Leaving Certificate Examination, 1918, 1918
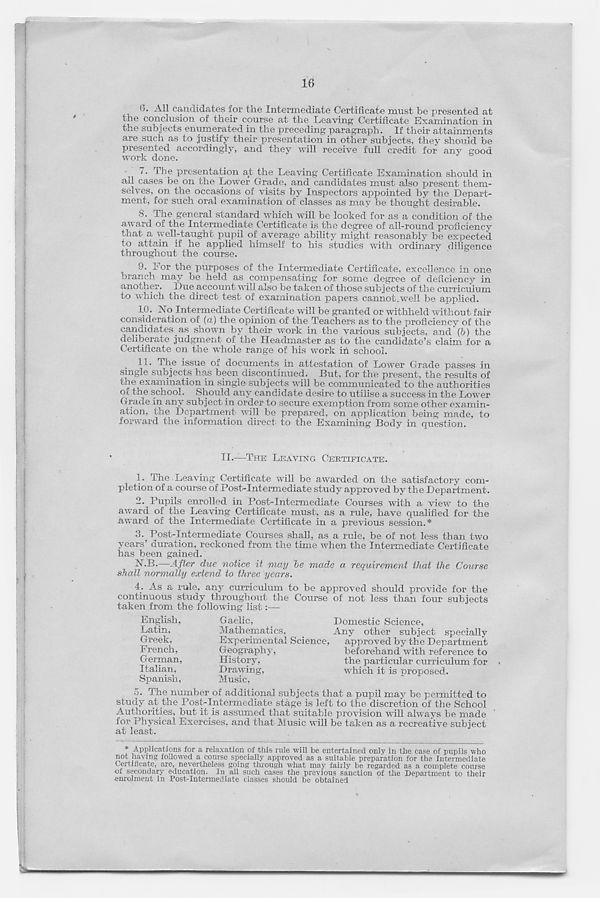
(). All candidates for the Intermediate Certificate must be presented at
tne conclusion of their course at the Leaving Certificate Examination in
the subjects enumerated in the preceding paragraph. If their attainments
are such as to justify their presentation in other subjects, they should be
presented accordingly, and they will receive full credit for any good
work done.
”• ih® presentation at the Leaving Certificate Examination should in
ail cases be on the Lower Grade, and candidates must also present them-
selves, on the occasions of visits by Inspectors appointed by the Depart-
ment, for such oral examination of classes as may be thought desirable.
8. The general standard which will be looked for as a condition of the
award of the Intermediate Certificate is the degree of all-round proficiency
that a well-taught pupil of average ability might reasonably be expected
to attain if he applied himself to his studies with ordinary diligence
throughout the course.
9. v or the purposes of the Intermediate Certificate, excellence in one
branch may be held as compensating for some degree of deficiency in
another. Due account will also be taken of those subjects of the curriculum
to which the direct test of examination papers cannot.well be applied.
10. No Intermediate Certificate will be granted or withheld without fair
consideration of (a) the opinion of the Teachers as to the proficiency of the
candidates _ as shown by their work in the various subjects, and (5) the
deliberate judgment of the Headmaster as to the candidate’s claim for a
Certificate on the whole range of his work in school.
11. The issue of documents in attestation of Lower Grade passes in
single subjects has been discontinued. But, for the present, the results of
the examination in single subjects will be communicated to the authorities
of the school. Should any candidate desire to utilise a success in the Lower
Grade in any subject in order to secure exemption from some other examin-
ation, the Department will be prepared, on application being made, to
forward the information direct to the Examining Body in question.
II.—THE LEAVING CERTIFICATE.
1. Tne Leaving Certificate will be awarded on the satisfactory com-
pletion of a course of Post-Intermediate study approved by the Department.
2. Pupils enrolled in Post-Intermediate Courses with a view to the
award of the Leaving Certificate must, as a rule, have qualified for the
award of the Intermediate Certificate in a previous session.*
3. Post-Intermediate Courses shall, as a rule, be of not less than two
years’ duration, reckoned from the time when the Intermediate Certificate
has been gained.
—After due notice it may be made a requirement that the Course
shall normally extend to three years.
4. As a rule, any curriculum to be approved should provide for the
continuous study throughout the Course of not less than four subjects
taken from the following list:—
English,
Latin,
Greek,
French,
German,
Italian,
Spanish,
Gaelic,
Domestic Science,
’.Mathematics,
Any other subject specially
Experimental Science,
approved by the Department
Geography,
beforehand with reference to
History,
the particular curriculum for
Drawing,
which it is proposed.
Music,
5.
The number of additional subjects
study at the Post-Intermediate stage is left to the discretion of the School
Authorities, but it is assumed that suitable provision will always be made
for Physical Exercises, and that Music will be taken as a recreative subject
at least.
* Applications for a relaxation of this rule will be entertained only in the case of pupils who
not having followed a course specially approved as a suitable preparation for the Intermediate
Certificate, are, nevertheless going through what may fairly be regarded as a complete course
of secondary education. In all such cases the previous sanction of the Department to their
enrolment in Post-Intermediate classes should be obtained